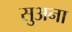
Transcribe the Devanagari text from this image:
सुअना